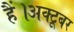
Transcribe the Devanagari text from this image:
हैं।अक्टूबर